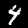
Digit: 4